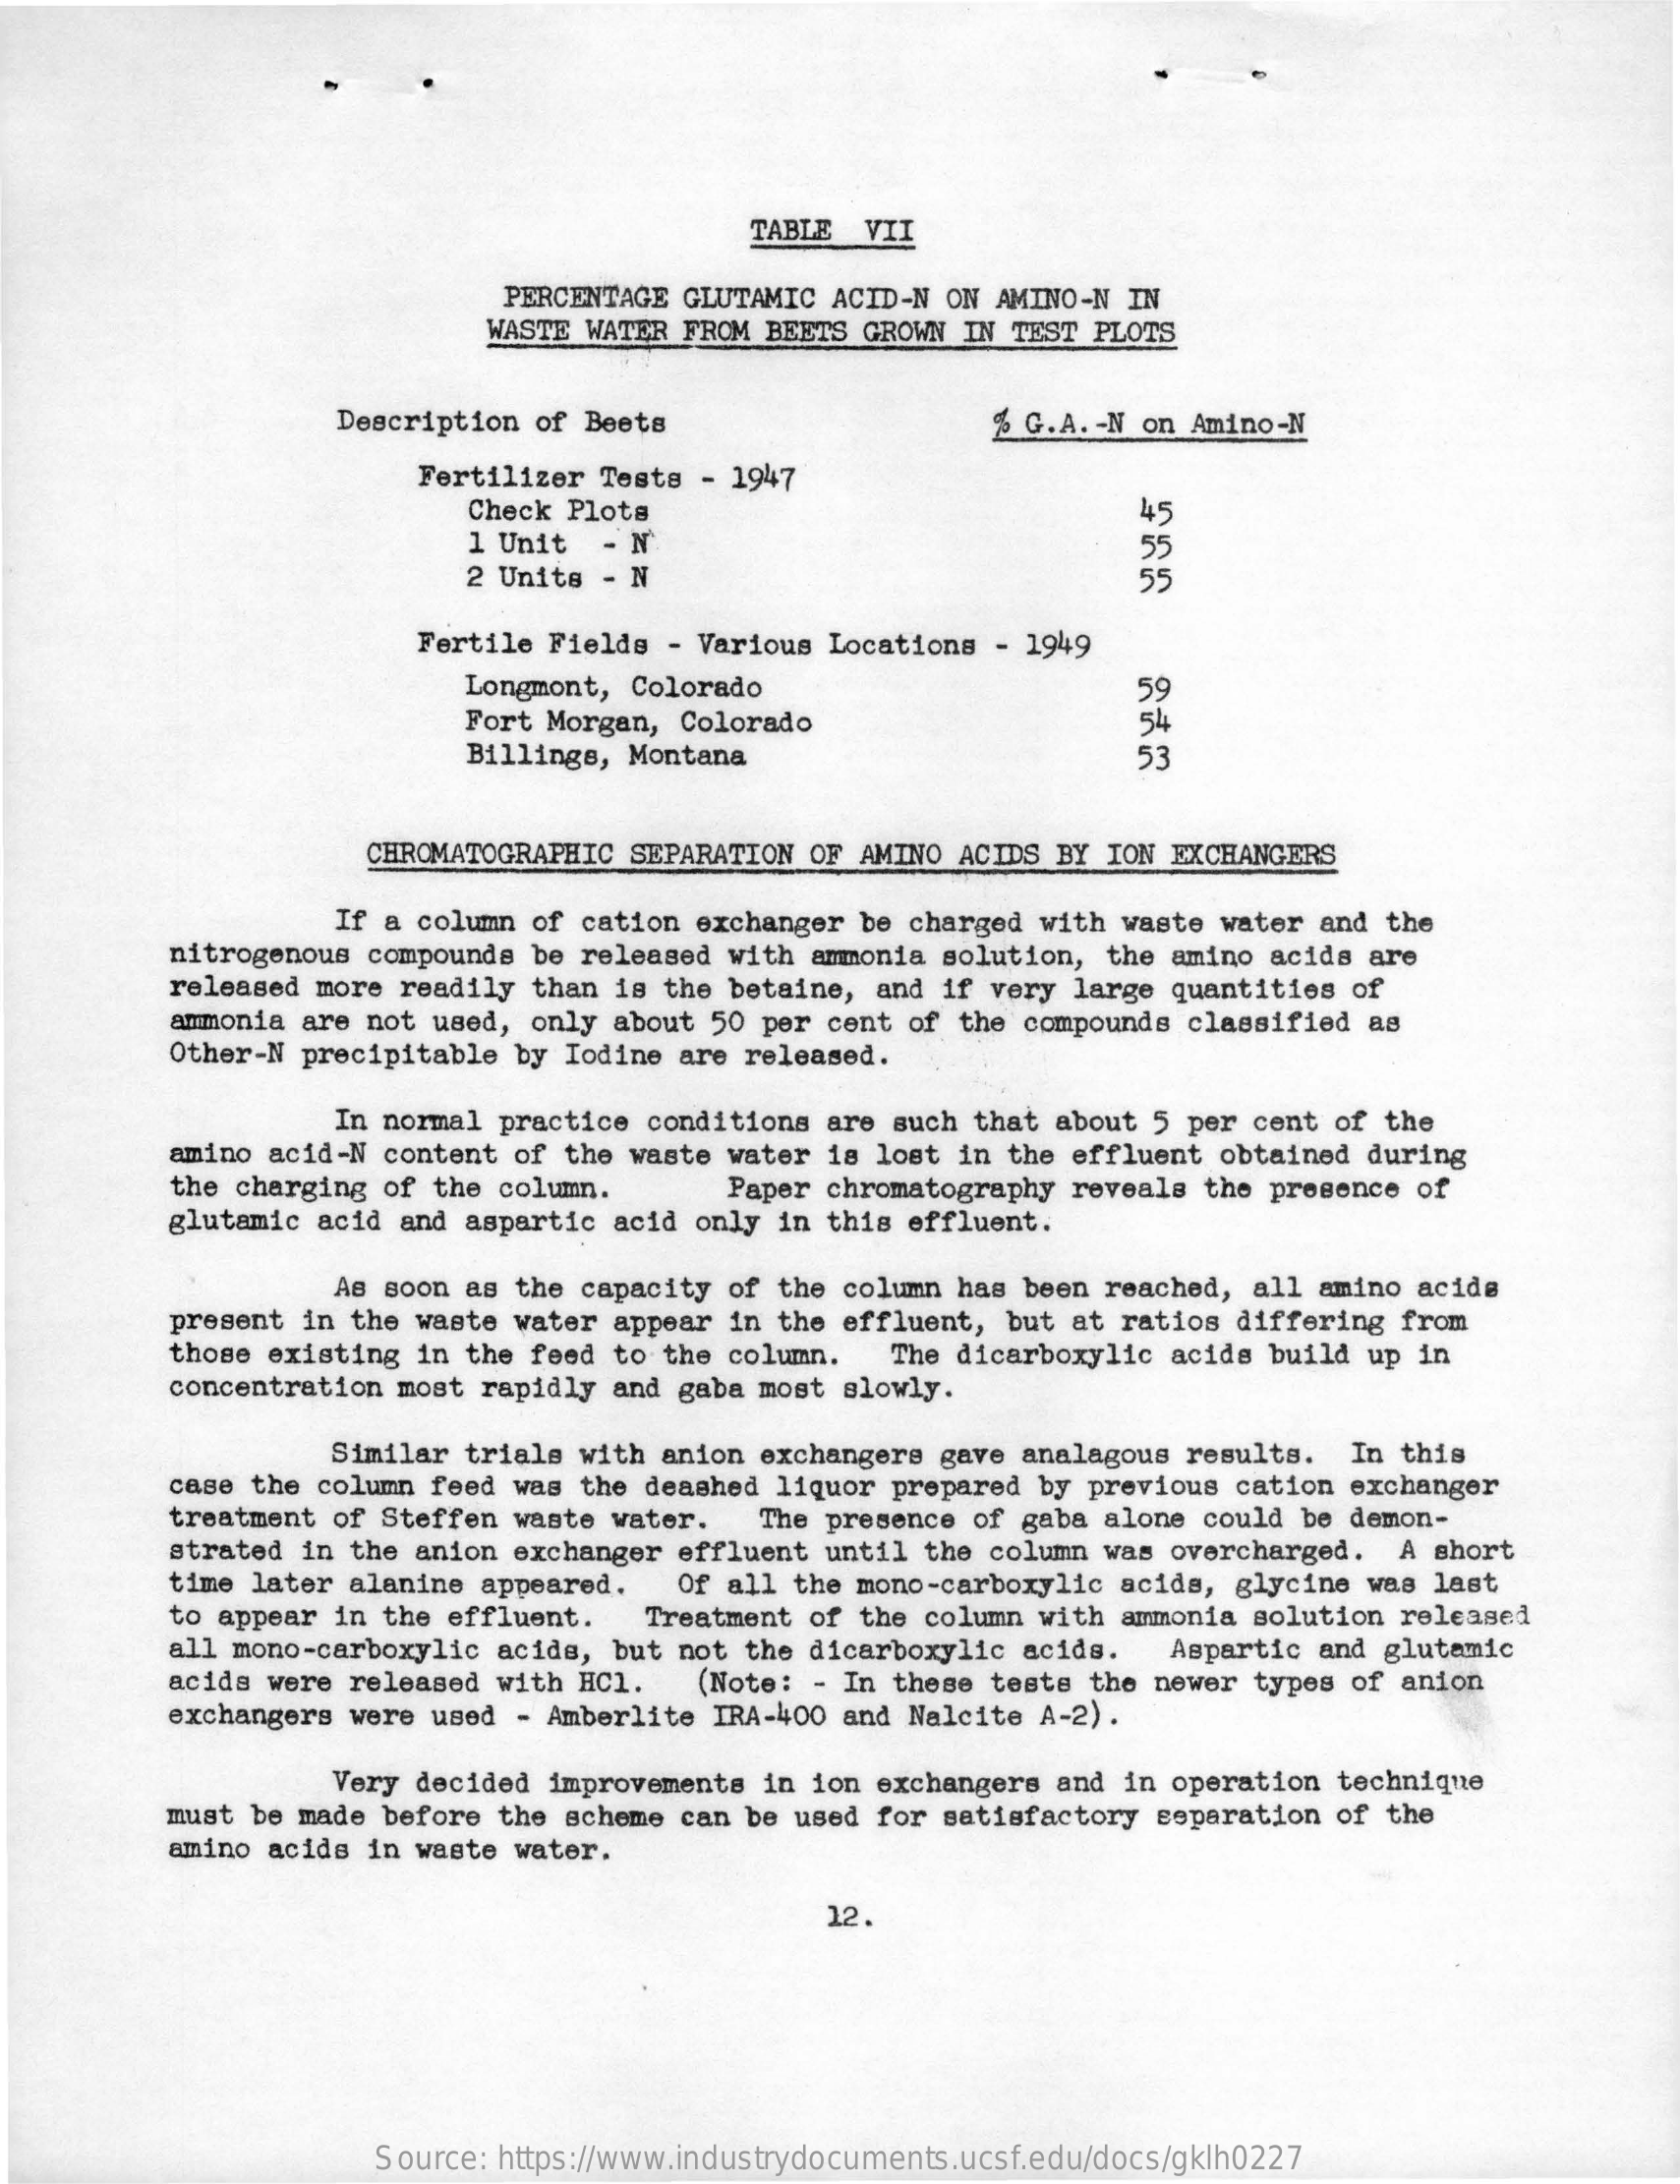
TABLE VII
     PERCENTAGE GLUTAMIC ACID-N ON AMINO-N IN
     WASTE WATER FROM BEETS GROWN IN TEST PLOTS
     Description of Beets    % G.A. - N on Amino-N
     Fertilizer Tests - 1947
     Check Plots    45
     1 Unit - N    55
     2 Units - N    55
     Fertile Fields - Various Locations - 1949
     Longmont, Colorado
     Fort Morgan, Colorado
     59
     54
     Billings, Montana    53
     CHROMATOGRAPHIC SEPARATION OF AMINO ACIDS BY ION EXCHANGERS
     If a column of cation exchanger be charged with waste water and the
     nitrogenous compounds be released with ammonia solution, the amino acids are
     released more readily than is the betaine, and if very large quantities of
     ammonia are not used, only about 50 per cent of the compounds classified as
     Other-N precipitable by Iodine are released.
     In normal practice conditions are such that about 5 per cent of the
     amino acid-N content of the waste water is lost in the effluent obtained during
     the charging of the column.  Paper chromatography reveals the presence of
     glutamic acid and aspartic acid only in this effluent.
     As soon as the capacity of the column has been reached, all amino acids
     present in the waste water appear in the effluent, but at ratios differing from
     those existing in the feed to the column. The dicarboxylic acids build up in
     concentration most rapidly and gaba most slowly.
     Similar trials with anion exchangers gave analagous results. In this
     case the column feed was the deashed liquor prepared by previous cation exchanger
     treatment of Steffen waste water. The presence of gaba alone could be demon-
     strated in the anion exchanger effluent until the column was overcharged. A short
     time later alanine appeared. Of all the mono-carboxylic acids, glycine was last
     to appear in the effluent. Treatment of the column with ammonia solution released
     all mono-carboxylic acids, but not the dicarboxylic acids. Aspartic and glutamic
     acids were released with HC1. (Note: - In these tests the newer types of anion
     exchangers were used - Amberlite IRA-400 and Nalcite A-2) .
     Very decided improvements in ion exchangers and in operation technique
     must be made before the scheme can be used for satisfactory separation of the
     amino acids in waste water.
     12.
     Source: https://www.industrydocuments.ucsf.edu/docs/gklh0227